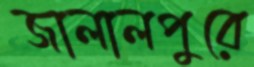
জালালপুরে